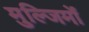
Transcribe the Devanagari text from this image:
मुल्जिमों